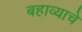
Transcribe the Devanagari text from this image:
बहाव्याचे